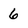
Character: 6